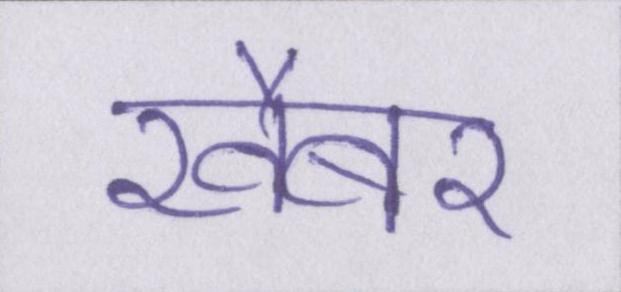
खैबर